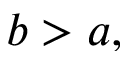
b > a ,